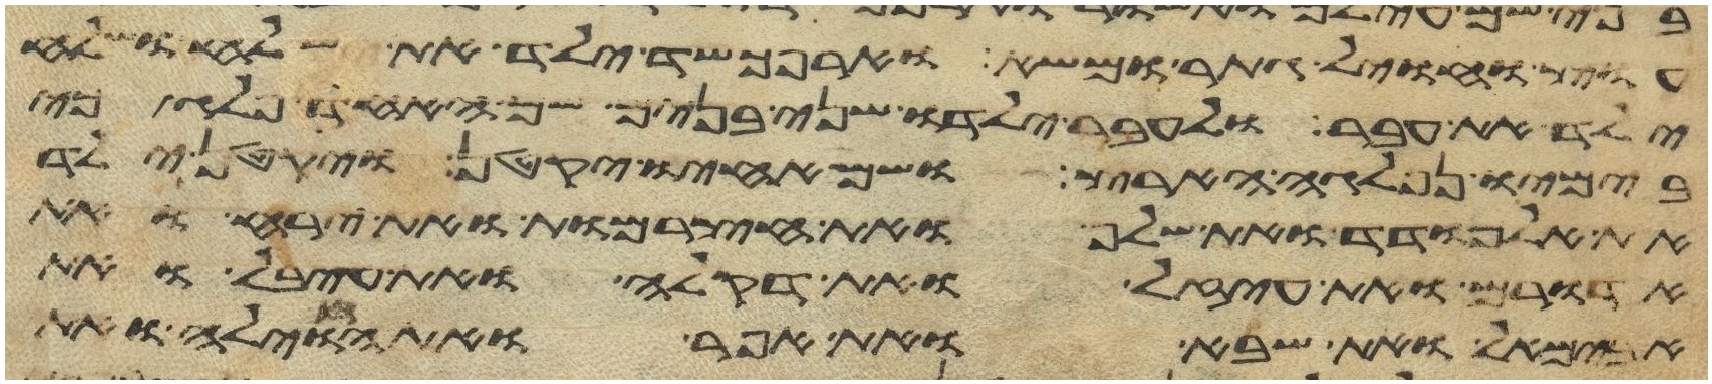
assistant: עוץ וחויל גתר ומשא וארפכשד ילד את שלח ושלח
ילד את עבר ולעבר ילדו שני בנים שם האחד פלג כי
בימיו נפלגה הארץ ושם אחיו יקטן ויקטן ילד
את אלמודד ואת שלף ואת חצרמות ואת ירח ואת
אדורם ואת עיזל ואת דקלה ואת עיבל ואת
אבימאל ואת שבא ואת אפר ואת חוילה ואת